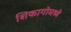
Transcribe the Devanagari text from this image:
शिकागोमध्ये